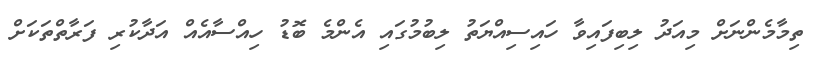
ތިމާމެންނަށް މިއަދު ލިބިފައިވާ ހައިސިއްޔަތު ލިބުމުގައި އެންމެ ބޮޑު ހިއްސާއެއް އަދާކުރި ފަރާތްތަކަށް